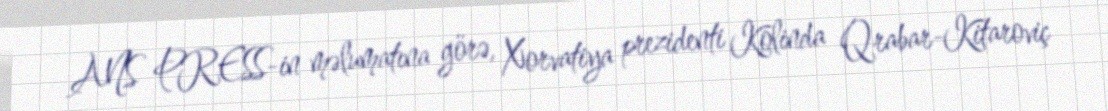
ANS PRESS-in məlumatına görə, Xorvatiya prezidenti Kolinda Qrabar-Kitaroviç